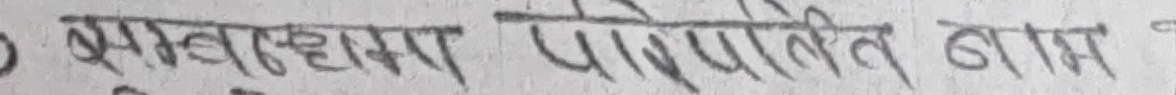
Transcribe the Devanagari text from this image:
१. ब्रम्हाण्डमा पाइएका बाम